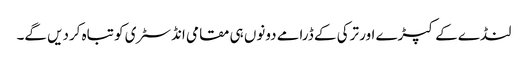
لنڈے کے کپڑے اور ترکی کے ڈرامے دونوں ہی مقامی انڈسٹری کو تباہ کردیں گے۔